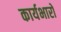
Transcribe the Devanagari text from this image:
कार्यभारों